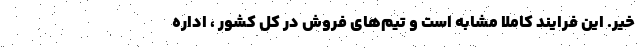
خیر. این فرایند کاملا مشابه است و تیم­های فروش در کل کشور ، اداره